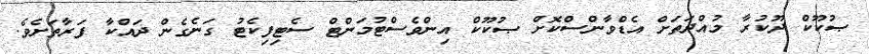
ޞުކޫކް ދޫކުރާ މުއްދަތަށް އެޑްވާންސްކޮށް ޞުކޫކް އިންވެސްޓުމަންޓް ސެޓިފިކެޓު ގަނެގެން ދައްްކާ ފަރާތަށެވެ.